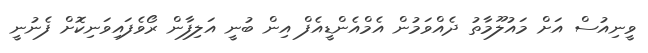
ވީނިއުސް އަށް މައުލޫމާތު ދެއްވަމުން އެމްއެންޑީއެފް އިން ބުނީ އަލިފާން ރޯވެފައިވަނިކޮށް ފެނުނީ